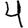
Digit: 4